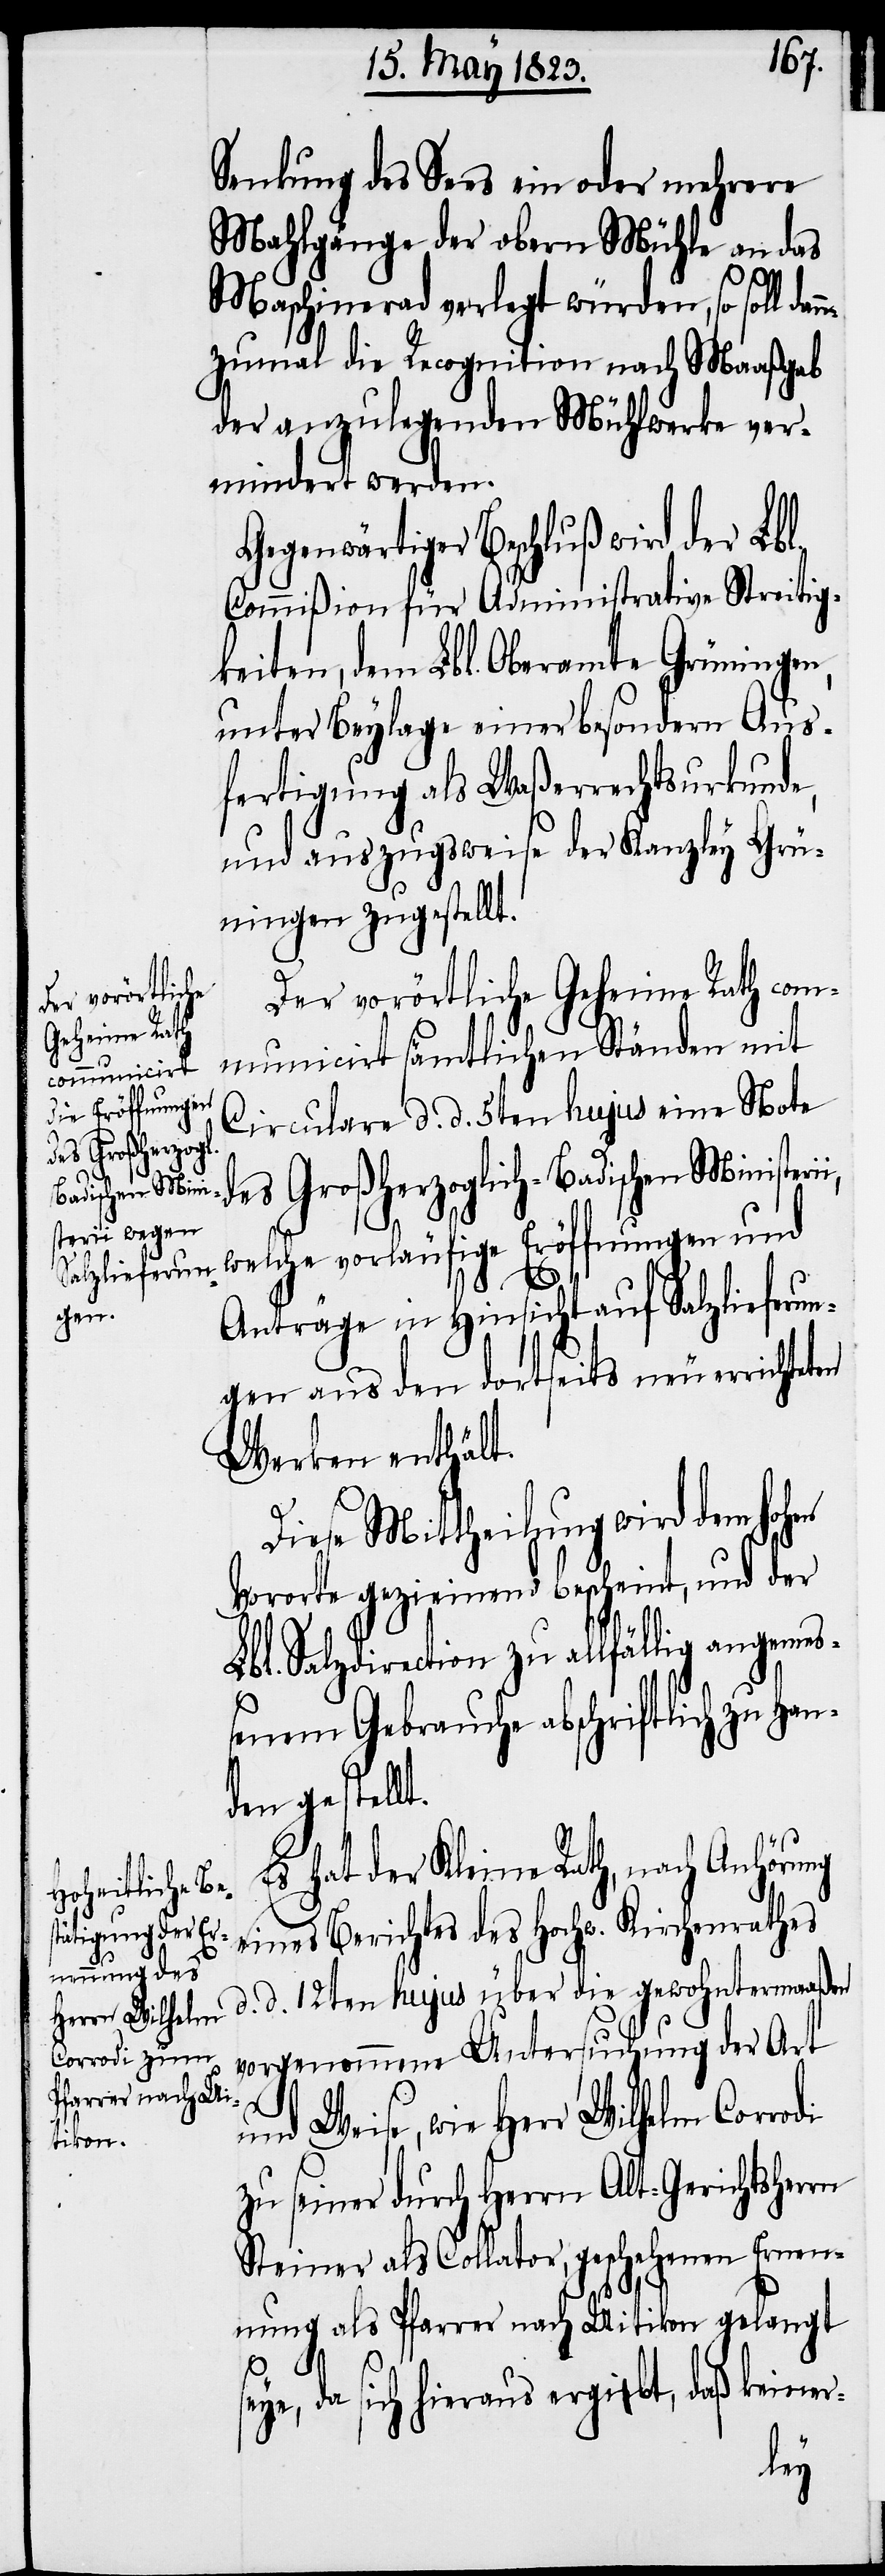
Senkung des Sees ein oder mehrere
Mahlgänge der obern Mühle an das
Maschinerad verlegt würden, so soll dann¬
zumal die Recognition nach Maaßgab
der anzulegenden Mühlwerke ver¬
mindert werden.
Gegenwärtiger Beschluß wird der Lbl.
Commißion für Administrative Streitig¬
keiten, dem Lbl. Oberamte Grüningen,
unter Beylage einer besondern Aus¬
fertigung als Waßerrechtsurkunde,
und auszugsweise der Kanzley Grü¬
ningen zugestellt.
Der vorörtliche Geheime Rath com¬
municirt sämtlichen Ständen mit
Circulare d. d. 5ten hujus eine Note
des Großherzoglich-Badischen Ministeri¬
i,
welche vorläufige Eröffnungen und
Anträge in Hinsicht auf Salzlieferun¬
gen aus den dortseits neu errichtet¬
Werken enthält.
Diese Mittheilung wird dem hohen
Vororte geziemend bescheint, und der
Lbl. Salzdirection zu allfällig angemeß¬
enem Gebrauche abschriftlich zu Han¬
den gestellt.
Es hat der Kleine Rath, nach Anhörung
eines Berichtes des Hochw. Kirchenrathes
d. d. 12ten hujus über die gewohntermaaßen
vorgenommene Untersuchung der Art
en
und Weise, wie Herr Wilhelm Corrodi
zu seiner durch Herrn Alt-Gerichtsherrn
Steiner als Collator, geschehenen Ernen¬
nung als Pfarrer nach Uitikon gelangt
s¬
eye, da sich hieraus ergibt, daß keiner-